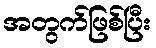
အတွက်ဖြစ်ပြီး